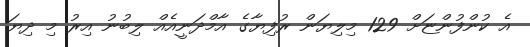
އެ ކުންފުންޏަށް 129 މިލިޔަން ރުފިޔާގެ އާމްދަނީއެއް ލިބުނު އިރު މި ދިޔަ